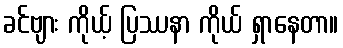
ခင်ဗျား ကိုယ့် ပြဿနာ ကိုယ် ရှာနေတာ။